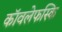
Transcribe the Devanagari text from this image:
कॉवलेफस्कि